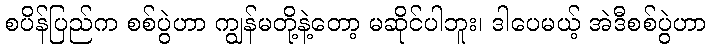
စပိန်ပြည်က စစ်ပွဲဟာ ကျွန်မတို့နဲ့တော့ မဆိုင်ပါဘူး၊ ဒါပေမယ့် အဲဒီစစ်ပွဲဟာ